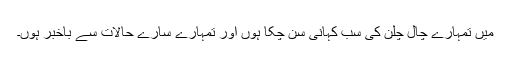
میں تمہارے چال چلن کی سب کہانی سُن چکا ہوں اور تمہارے سارے حالات سے باخبر ہوں۔